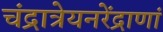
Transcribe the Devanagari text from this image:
चंद्रात्रेयनरेंद्राणां